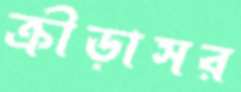
ক্রীড়াসর